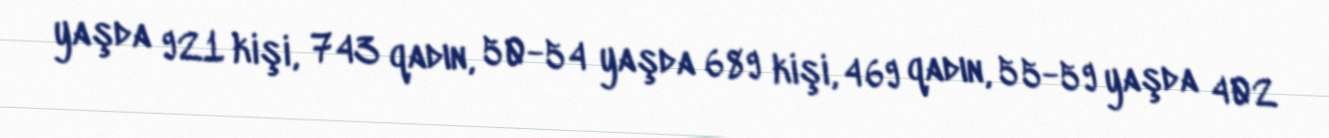
yaşda 921 kişi, 743 qadın, 50-54 yaşda 689 kişi, 469 qadın, 55-59 yaşda 402